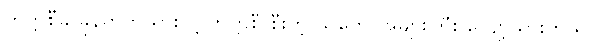
တက္ကစီခ ခုန်တက်သွားလို့ တက္ကစီ စီးတဲ့ သူတွေ အများကြီး လျော့သွားတယ်။